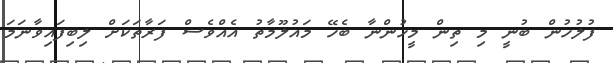
ފުލުހުން ބުނީ މި ތިން މީހުންނާ ބެހޭ މައުލޫމާތު އެއްވެސް ފަރާތަކަށް ލިބިފައިވާނަމަ